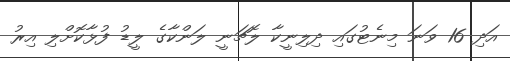
އަދި 16 ވަނަ މިނެޓުގައި ދިލިނީކާ ލޮޗަނީ ލަންކާގެ ލީޑު ފުޅާކޮށްލި އިރު